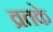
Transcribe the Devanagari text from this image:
व्रतके